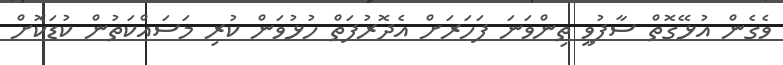
ވެގެން އުޅޭގޮތް ސާފުވީ ތިންވަނަ ފަހަރަށް އެދޮރުފަތް ހުޅުވަން ކުރި މަސައްކަތުން ކުޑަކޮށް